Black-water fever - Number 35
Disease focus: Fever
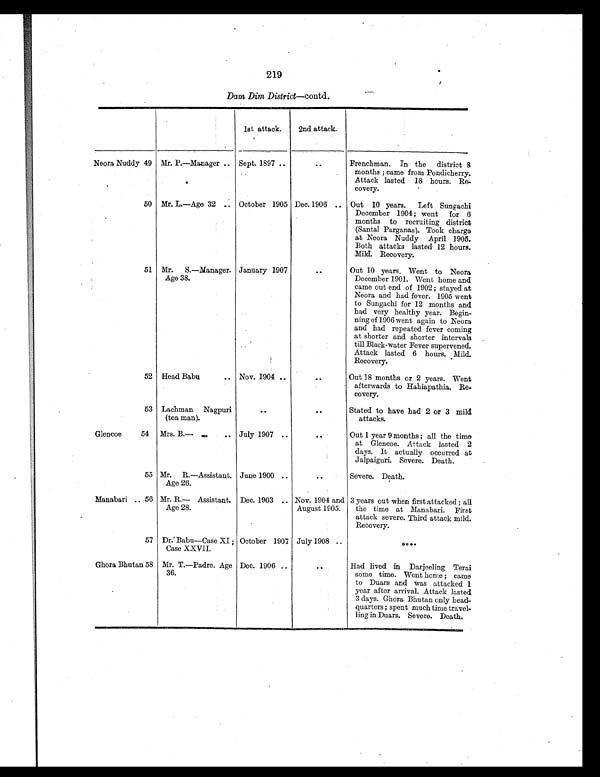
219
Dam Dim District —contd.
1st attack.
2nd attack.
Neora Nuddy 49 Mr. P.—Manager .. Sept. 1897 ..
. .
Frenchman. In the district 8
months ; came from Pondicherry.
Attack lasted 18 hours. Re-
covery.
50 Mr. L.—Age 32 .. October 1905 Dec. 1906 .. Out 10 years. Left Sungachi
December 1904; went for 6
months to recruiting district
(Santal Parganas). Took charge
at Neora Nuddy April 1905.
Both attacks lasted 12 hours.
Mild. Recovery.
51 Mr. S.—Manager.
Age 38.
January 1907
. .
Out 10 years. Went to Neora
December 1901. Went home and
came out end of 1902 ; stayed at
Neora and had fever. 1905 went
to Sungachi for 12 months and
had very healthy year. Begin-
ning of 1906 went again to Neora
and had repeated fever coming
at shorter and shorter intervals
till Black-water Fever supervened.
Attack lasted 6 hours. Mild.
Recovery.
52 Head Babu
.. Nov. 1904
. .
. .
Out 18 months or 2 years. Went
afterwards to Hahiapathia. Re-
covery.
53 Lachman Nagpuri
(tea man).
..
..
Stated to have had 2 or 3 mild
attacks.
Glencoe
54
Mrs. B.—
..
July 1907
. .
. .
Out 1 year 9 months ; all the time
at Glencoe. Attack lasted 2
days. It actually occurred at
Jalpaiguri. Severe. Death.
55 Mr. R.—Assistant.
Age 26.
June 1900 ..
. .
Severe. Death.
Manabari .. 56 Mr. R.— Assistant.
Age 28.
Dec. 1903 .. Nov. 1904 and
August 1905.
3 years out when first attacked ; all
the time at Manabari. First
attack severe. Third attack mild.
Recovery.
57 Dr. Babu—Case XI ;
Case XXVII.
October 1907 July 1908 ..
. . . .
Ghora Bhutan 58 Mr. T.—Padre. Age
36.
Dec. 1906 ..
. .
Had lived in Darjeeling Terai
some time. Went home ; came
to Duars and was attacked 1
year after arrival. Attack lasted
3 days. Ghora Bhutan only head-
quarters ; spent much time travel-
ling in Duars. Severe. Death.